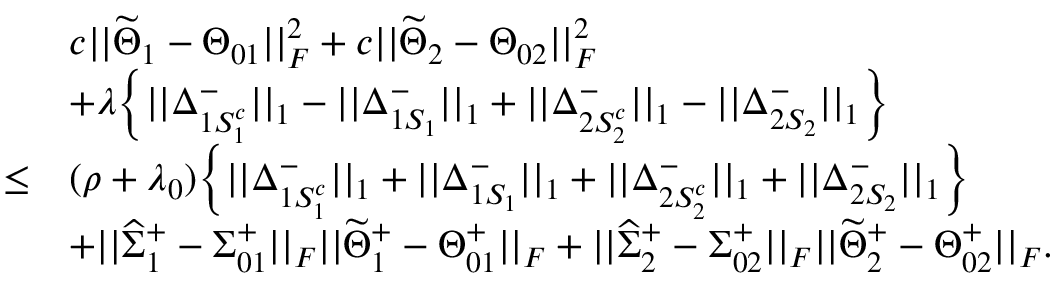
\begin{array} { r l } & { c | | \widetilde { \Theta } _ { 1 } - \Theta _ { 0 1 } | | _ { F } ^ { 2 } + c | | \widetilde { \Theta } _ { 2 } - \Theta _ { 0 2 } | | _ { F } ^ { 2 } } \\ & { + \lambda \Big \{ | | \Delta _ { 1 S _ { 1 } ^ { c } } ^ { - } | | _ { 1 } - | | \Delta _ { 1 S _ { 1 } } ^ { - } | | _ { 1 } + | | \Delta _ { 2 S _ { 2 } ^ { c } } ^ { - } | | _ { 1 } - | | \Delta _ { 2 S _ { 2 } } ^ { - } | | _ { 1 } \Big \} } \\ { \leq } & { ( \rho + \lambda _ { 0 } ) \Big \{ | | \Delta _ { 1 S _ { 1 } ^ { c } } ^ { - } | | _ { 1 } + | | \Delta _ { 1 S _ { 1 } } ^ { - } | | _ { 1 } + | | \Delta _ { 2 S _ { 2 } ^ { c } } ^ { - } | | _ { 1 } + | | \Delta _ { 2 S _ { 2 } } ^ { - } | | _ { 1 } \Big \} } \\ & { + | | \widehat { \Sigma } _ { 1 } ^ { + } - \Sigma _ { 0 1 } ^ { + } | | _ { F } | | \widetilde { \Theta } _ { 1 } ^ { + } - \Theta _ { 0 1 } ^ { + } | | _ { F } + | | \widehat { \Sigma } _ { 2 } ^ { + } - \Sigma _ { 0 2 } ^ { + } | | _ { F } | | \widetilde { \Theta } _ { 2 } ^ { + } - \Theta _ { 0 2 } ^ { + } | | _ { F } . } \end{array}